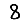
Digit: 8